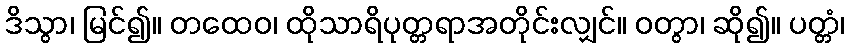
ဒိသွာ၊ မြင်၍။ တထေဝ၊ ထိုသာရိပုတ္တရာအတိုင်းလျှင်။ ဝတွာ၊ ဆို၍။ ပတ္တံ၊